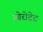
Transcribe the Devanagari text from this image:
ओरोटेट